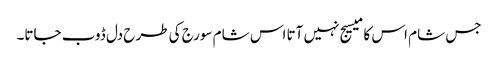
جس شام اس کا میسیج نہیں آتا اس شام سورج کی طرح دل ڈوب جاتا۔